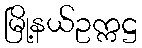
မြို့နယ်ဥက္ကဋ္ဌ